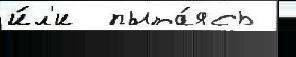
и́л'и  пыта́ясь